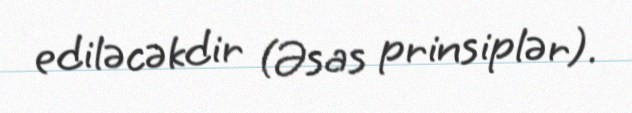
ediləcəkdir (Əsas prinsiplər).